Vaccination in the Punjab 1897-1904 - 1897-1904
Year: 1897
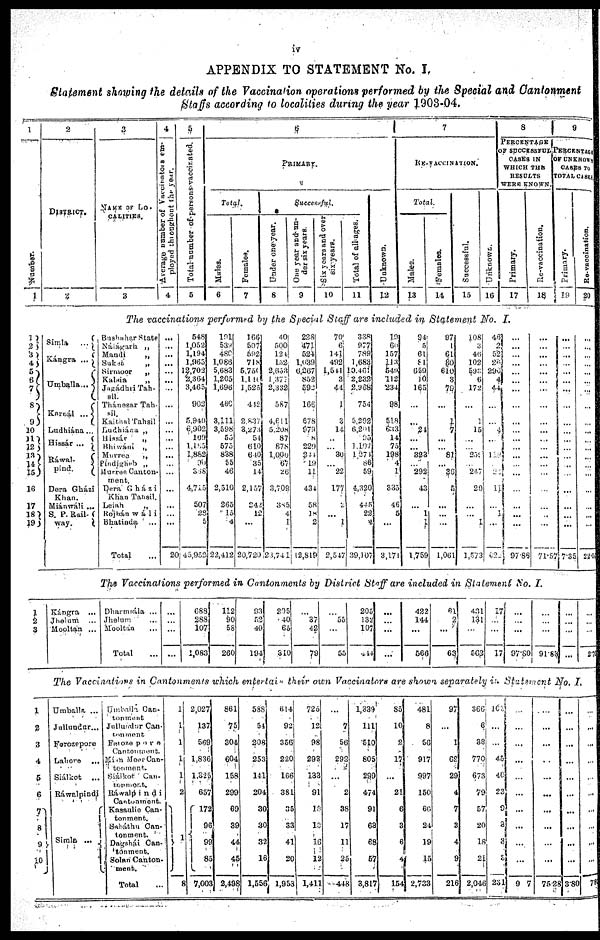
iv
APPENDIX TO STATEMENT No. I.
Statement showing the details of the Vaccination operations performed by the Special and Cantonmen
Staffs according to localities during the year 1903-04.
1
Number.
1
2
DISTRICT.
2
3
NAME OF LO-
--------.
3
4
Average number of Vaccinations em-
ployed throughout the year.
4
5
Total number of persons vaccinated.
5
6
PRIMARY.
Total.
Males.
6
Females.
7
Successful.
Under one year.
8
One year and un-
der six years
9
Six years and over
six-years.
10
Total of all ages.
11
Unknown.
12
7
RE-VACCINATION.
Total
Males.
13
Females.
14
Successful.
15
Unknown.
16
8
PERCENTAGE
OF SUCCESSFUL
CASES IN
WHICH THE
RESULTS
WERE KNOWN.
Primary.
17
Re-vaccination.
18
9
PERCENTAGE
OF UNKNOWN
CASES TO
TOTAL CASES
Primary.
19
Re-vaccination.
20
The vaccinations performed by the Special Staff are included in Statement No. I.
1
2
3
4
5
6
7
8
9
10
11
12
13
14 15
16
17
18
19
Simla
...
Kángra
...
Umballa ...
Karnál
...
Ludhiána ...
Hissár
...
Ráwal-
pind.
Dera Gházi
Khan.
Miánwáli ...
S. P. Rail-
way.
Bushahar State
Nálágarh „
Mandi
„
Suket
„
Sirmoor
„
Kalsia
„
Jagádhri Tah-
sil.
Thánesar Tah-
sil
KaitnalTahsil
Ludhiána „
Hissár
„
Bhiwáni „
Murree
„
Pindigheb
„
Murree Canton-
ment.
Dera Gházi
Khan Tahsil.
Leiah
„
Rojhán wá1i
Bhatinda
Total ...
...
...
...
...
...
...
...
...
...
...
...
...
...
...
...
...
...
...
...
20
548
1,052
1,194
1,965
12,703
2,364
3,465
903
5,949
6,902
109
1,185
1,882
90
388
4,715
507
28
5
45,952
191
539
480
1,086
5,683
1,205
1,696
460
3,111
3,598
55
575
838
55
46
2,510
265
15
4
22,412
166
507
592
718
5,750
1,140
1,525
442
2,837
3,273
54
610
640
35
14
2,157
242
12
...
20,720
40
500
124
152
2,653
1,377
2,332
587
4,611
5,208
87
878
1,000
67
26
3,709
385
4
1
23,741
228
471 524
1,039
6,267
852
592
166
678
979
8
229
244
19
11
434
58
18
2
12,819
70
6
141
492
1,541
3
44
1
3
14
...
...
30
...
22
177
2
...
1
2,517
338
977
789
1,683
10,461
2,232
2,968
754
5,292
6,201
95
1,107
1,274
86
59
4,320
445
22
4
39,107
19
60
157
113
549
112
234
98
518
633
14
75
198
4
1
335
46
5
...
3,171
94
5
61
81
659
10
165
...
...
24
...
...
323
...
292
43
...
1
1
1,759
97
1
61
80
610
3
79
...
1
7
...
...
81
...
36
5
...
...
...
1,061
108
3
46
102
593
6
172
...
1
15
...
...
259
...
247
20
...
...
1
1,573
46
2
52
26
290
4
44
...
...
4
...
...
118
...
22
11
...
1
...
622
...
...
...
...
...
...
...
...
...
...
...
...
...
...
...
...
...
...
...
97.86
...
...
...
...
...
...
...
...
...
...
...
...
...
...
...
...
...
...
...
71.57
...
...
...
...
...
...
...
...
...
...
...
...
...
...
...
...
...
...
...
7.35
...
...
...
...
...
...
...
...
...
...
...
...
...
...
...
...
...
...
...
22.06
The Vaccinations performed in Cantonments by District Staff are included in Statement No. I.
1
2
3
Kángra ...
Jhelum ...
Mooltan ...
Dharmsála ...
Jhelum ...
Mooltan ...
Total ...
...
...
...
...
688
288
107
1,083
112
90
58
260
93
52
49
194
205
40
65
310
...
37
42
79
...
55
...
55
205
132
107
444
...
...
...
...
422
144
...
566
61
2
...
63
431
131
...
562
17
...
...
17
...
...
...
97.80
...
...
...
91.83
...
...
...
...
...
...
...
2.70
The Vaccinations in Cantonments which entertain their own Vaccinators are shown separately in Statement No. I.
1
2
3
4
5
6
7
8
9
10
Umballa ...
Jullundur...
Ferozepore
Lahore ...
Siálkot ...
Ráwalpindi
Simla
...
Umballa Can-
tonment
Jullundur Can-
tonment
Ferozepore
Cantonment.
Mían Meer Can-
tonment.
Siáikot Can-
tonment.
Ráwalpindi
Cantonment.
Kasanlie Can-
tonment.
Sabáthu Can-
tonment.
Dagshái Can-
tonment.
Solan Canton-
ment.
Total ...
1
1
1
1
1
2
1
8
2,027
137
569
1,836
1,325
657
172
96
99
85
7,003
861
75
304
604
158
299
69
39
44
45
2,498
588
54
208
253
141
204
30
30
32
16
1,556
614
92
356
220
166
381
35
33
41
20
1,953
725
12
98
293
133
91
18
13
16
12
1,411
...
7
56
293
...
2
38
17
11
25
448
1,339
111
510
805
299
474
91
63
68
57
3,817
85
10
2
17
...
21
6
3
6
4
154
481
8
56
917
997
150
66
24
19
15
2,733
97
...
1
62
29
4
7
3
4
9
216
366
6
38
770
673
79
57
20
18
21
2,046
105
...
...
45
40
23
9
3
3
...
231
...
...
...
...
...
...
...
...
...
...
9 7
...
...
...
...
...
...
...
...
...
...
75.28
...
...
...
...
...
...
...
...
...
...
3.80
...
...
...
...
...
...
...
...
...
...
7.83